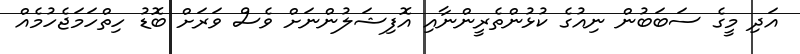
އަދި މީގެ ސަބަބުން ނިއުގެ ކުޅުންތެރީންނާއި އޮފިޝަލުންނަށް ވެސް ވަރަށް ބޮޑު ހިތްހަމަޖެހުމެއް